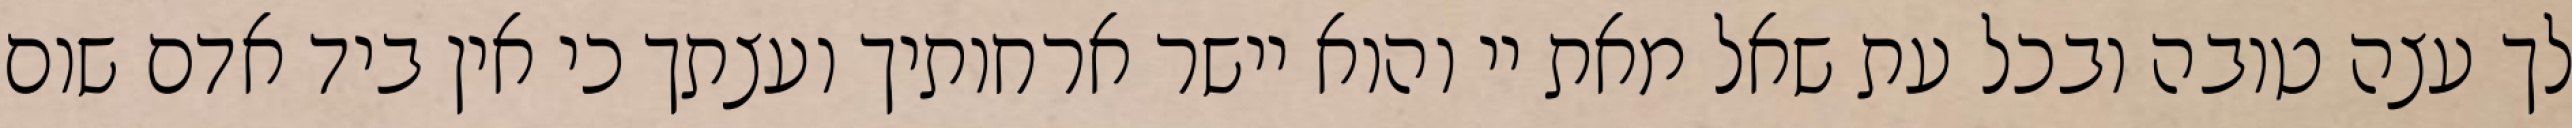
לך עצה טובה ובכל עת שאל מאת יי והוא יישר ארחותיך ועצתך כי אין ביד אדם שום